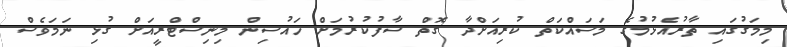
މިމަގުގައި ތާރުއެޅުމުގެ މަސައްކަތް ކުރިއަށްދާ ގޮތް ސާފުކުރުމަށް ހައުސިން މިނިސްޓްރީއަށް ގުޅި ނަމަވެސް